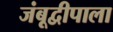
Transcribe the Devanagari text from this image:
जंबूद्वीपाला